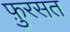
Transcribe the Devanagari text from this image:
फ़ुरसत